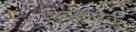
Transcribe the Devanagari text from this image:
मातृकारक